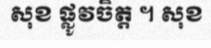
សុខ ផ្លូវចិត្ត ។ សុខ